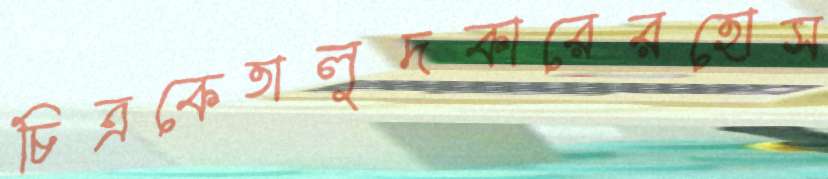
চিত্রকেতালুদকারেরহোস